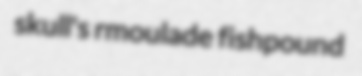
skull's rmoulade fishpound